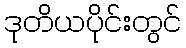
ဒုတိယပိုင်းတွင်